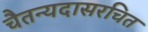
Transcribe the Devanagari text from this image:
चैतन्यदासरचित